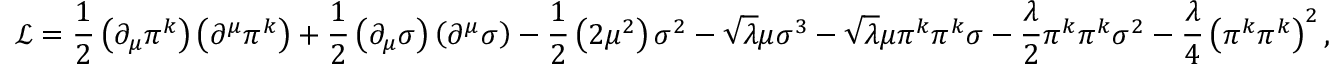
{ \mathcal { L } } = { \frac { 1 } { 2 } } \left( \partial _ { \mu } \pi ^ { k } \right) \left( \partial ^ { \mu } \pi ^ { k } \right) + { \frac { 1 } { 2 } } \left( \partial _ { \mu } \sigma \right) \left( \partial ^ { \mu } \sigma \right) - { \frac { 1 } { 2 } } \left( 2 \mu ^ { 2 } \right) \sigma ^ { 2 } - { \sqrt { \lambda } } \mu \sigma ^ { 3 } - { \sqrt { \lambda } } \mu \pi ^ { k } \pi ^ { k } \sigma - { \frac { \lambda } { 2 } } \pi ^ { k } \pi ^ { k } \sigma ^ { 2 } - { \frac { \lambda } { 4 } } \left( \pi ^ { k } \pi ^ { k } \right) ^ { 2 } ,